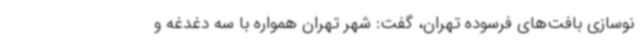
نوسازی بافت‌های فرسوده تهران، گفت: شهر تهران همواره با سه دغدغه و